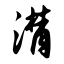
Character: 潸